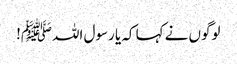
لوگوں نے کہا کہ یا رسول اللہﷺ!